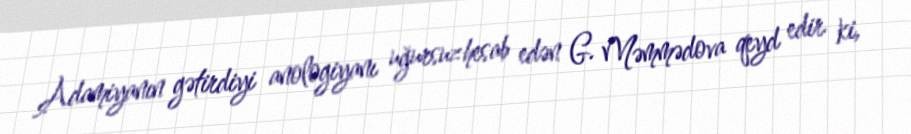
Adamiyanın gətirdiyi anologiyanı uğursuz hesab edən G. Məmmədova qeyd edir ki,